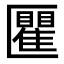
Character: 匷